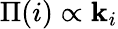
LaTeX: \Pi(i)\propto\mathbf{k}_{i}